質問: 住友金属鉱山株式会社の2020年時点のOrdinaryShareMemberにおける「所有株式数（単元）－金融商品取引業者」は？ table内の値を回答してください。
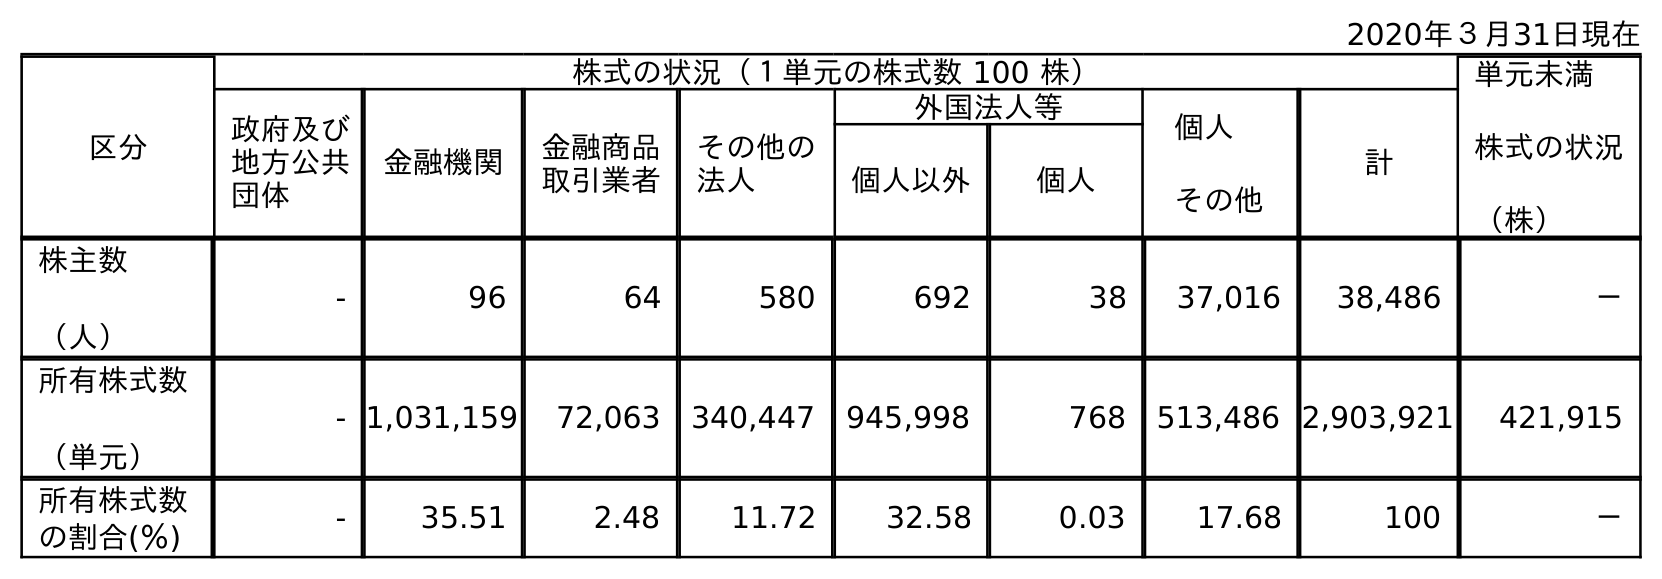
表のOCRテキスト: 2020年３月31日現在 区分 株式の状況（１単元の株式数 100 株） 単元未満 株式の状況 （株） 政府及び 地方公共 団体 金融機関 金融商品 取引業者 その他の 法人 外国法人等 個人 その他 計 個人以外 個人 株主数 （人） - 96 64 580 692 38 37,016 38,486 － 所有株式数 （単元） - 1,031,159 72,063 340,447 945,998 768 513,486 2,903,921 421,915 所有株式数 の割合(％) - 35.51 2.48 11.72 32.58 0.03 17.68 100 －
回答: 72,063